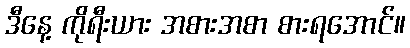
ဒီနေ့ ကိုရီးယား အစားအစာ စားရအောင်။